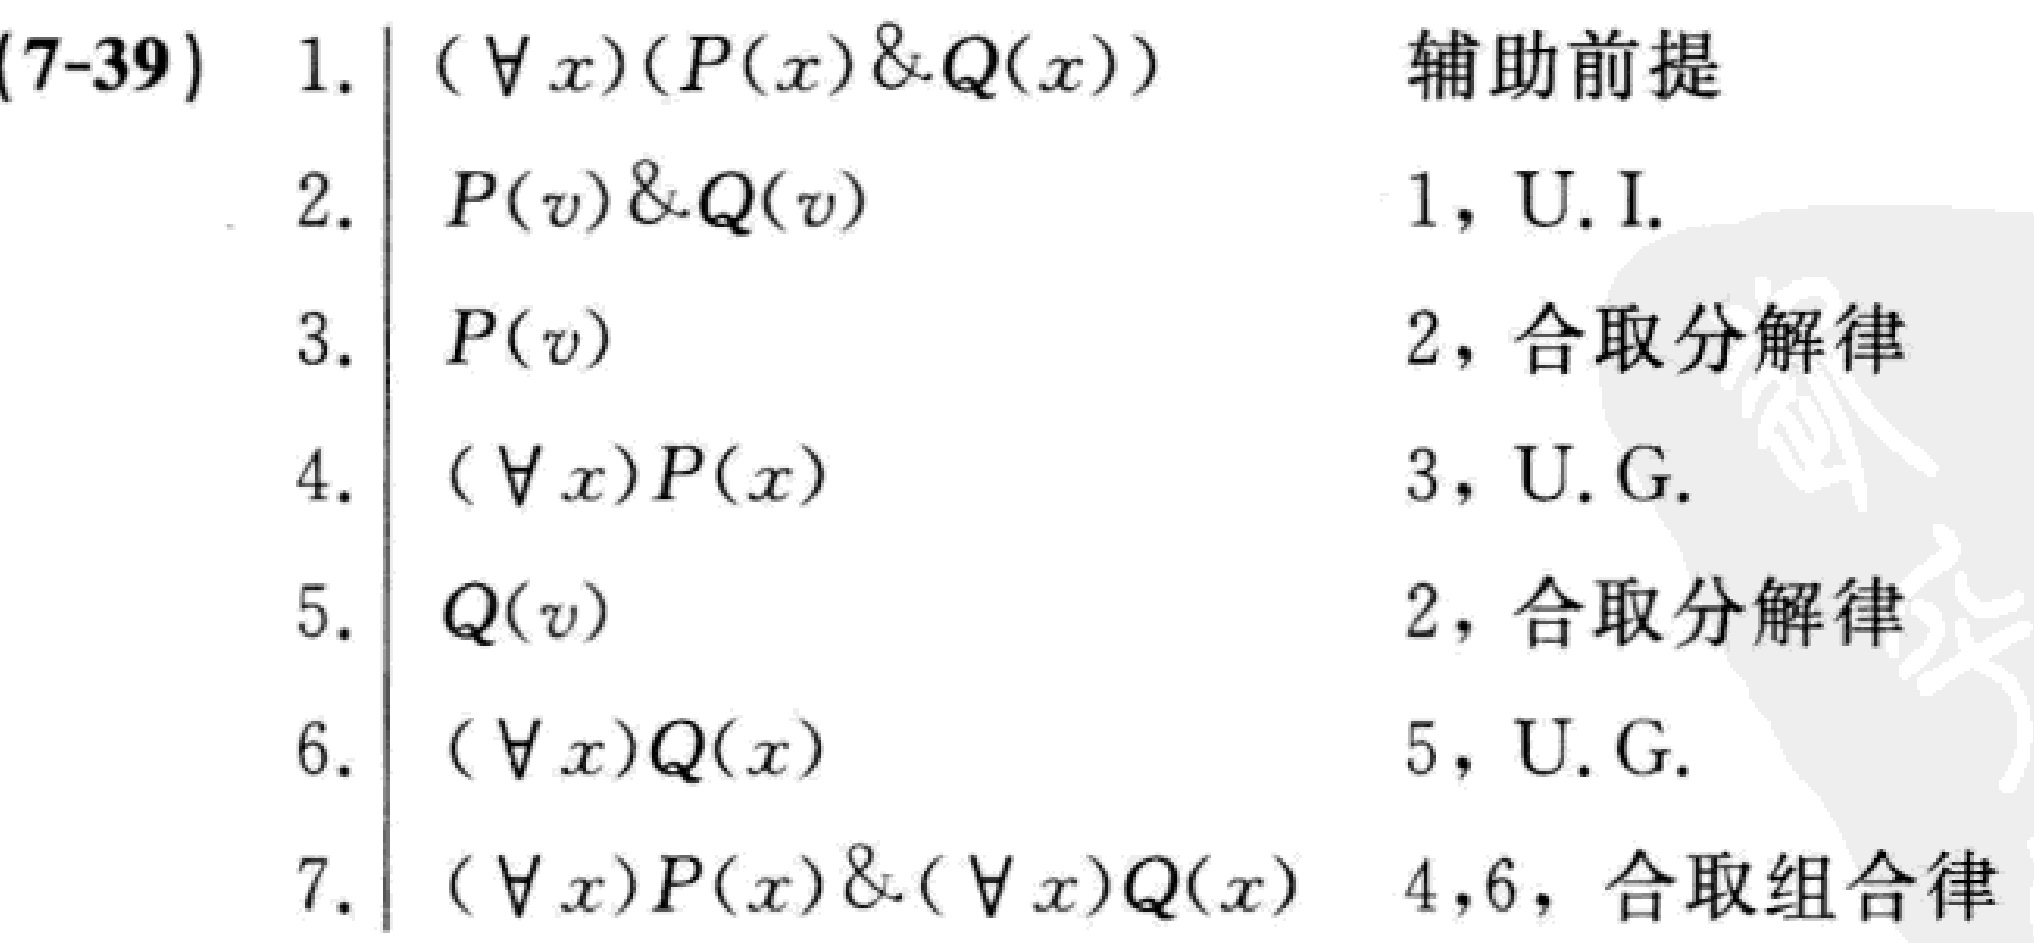
\begin{align*}
(7 - 39)\quad 1.&\quad (\forall x)(P(x)\&Q(x))\quad \text{辅助前提}\\
2.&\quad P(v)\&Q(v)\quad 1,\text{ U.I.}\\
3.&\quad P(v)\quad 2,\text{ 合取分解律}\\
4.&\quad (\forall x)P(x)\quad 3,\text{ U.G.}\\
5.&\quad Q(v)\quad 2,\text{ 合取分解律}\\
6.&\quad (\forall x)Q(x)\quad 5,\text{ U.G.}\\
7.&\quad (\forall x)P(x)\&(\forall x)Q(x)\quad 4,6,\text{ 合取组合律}
\end{align*}